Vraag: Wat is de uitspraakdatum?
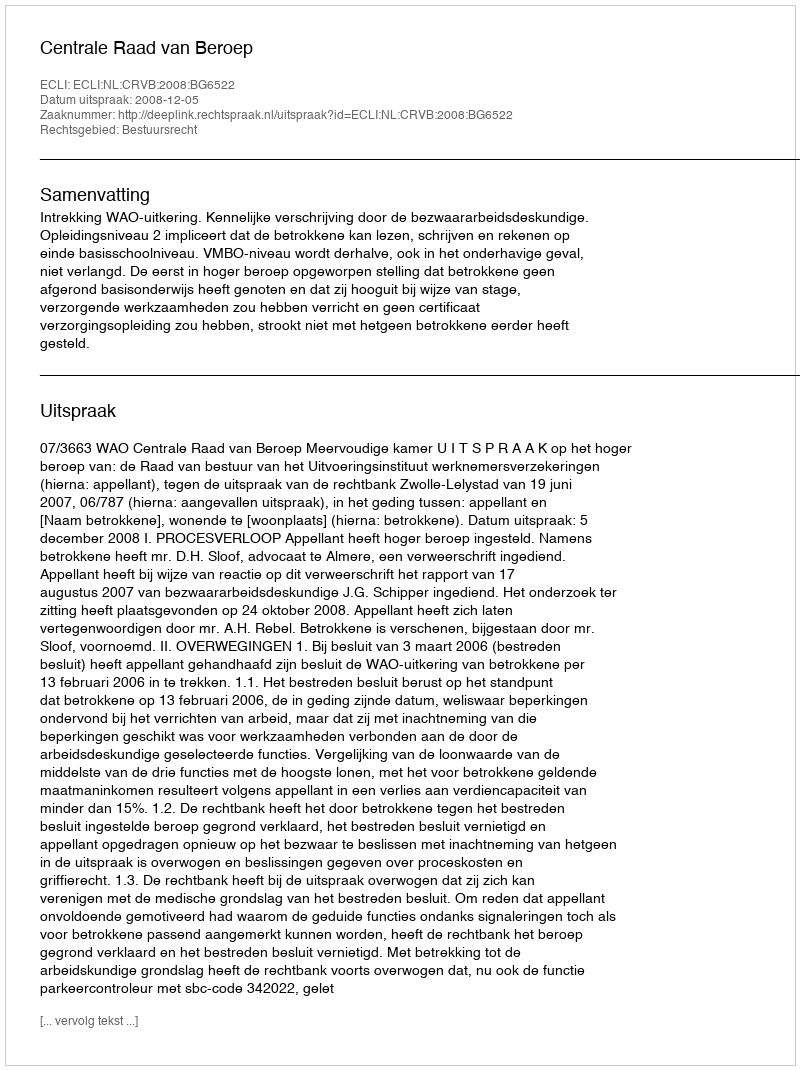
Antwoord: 2008-12-05